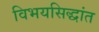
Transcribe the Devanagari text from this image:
विभयसिद्धांत